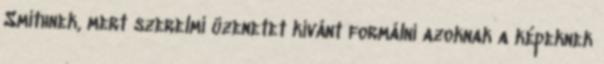
Smithnek, mert szerelmi üzenetet kívánt formálni azoknak a képeknek